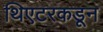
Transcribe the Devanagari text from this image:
थिएटरकडून